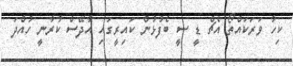
ކިހާ ވަރަކައްތޯ އެޗް ޑީ ސީ ބެފުޅުން ކައިރީގައި އާދޭސް ކުރާނީ ހުއްދަ